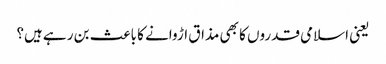
یعنی اسلامی قدروں کا بھی مذاق اڑوانے کا باعث بن ر ہےہیں؟